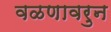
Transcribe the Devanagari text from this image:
वळणावरुन